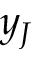
y _ { J }